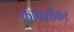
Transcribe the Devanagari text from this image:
कापशीकर